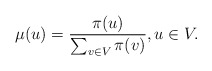
\begin{align*}\mu(u)=\frac{\pi(u)}{\sum_{v\in V}\pi(v)}, u\in V.\end{align*}